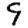
Digit: 9